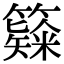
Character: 𥶗